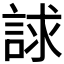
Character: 𧧷